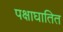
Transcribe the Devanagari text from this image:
पक्षाघातित